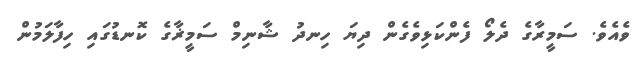
ވެއެވެ. ސަމީރާގެ ދެލޯ ފެންކަޅިވެގެން ދިޔަ ހިނދު ޝާނިމް ސަމީޜާގެ ކޮނޑުގައި ހިފާލަމުން